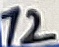
Text: 12